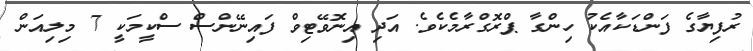
ރުފިޔާގެ ފަންޑަކާއެކު ހިންގާ ޕްރޮގްރާމެކެވެ. އަދި އިނޮވޭޓިވް ފައިނޭންސް ސްކީމަކީ 7 މިލިއަން